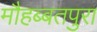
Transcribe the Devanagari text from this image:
मौहब्बतपुरा